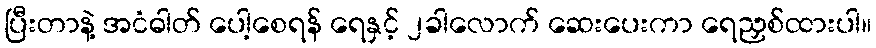
ပြီးတာနဲ့ အငံဓါတ် ပေါ့စေရန် ရေနှင့် ၂ခါလောက် ဆေးပေးကာ ရေညှစ်ထားပါ။